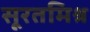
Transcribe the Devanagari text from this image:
सूरतमिश्र